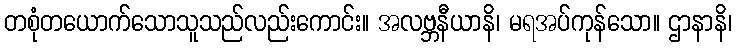
တစုံတယောက်သောသူသည်လည်းကောင်း။ အလဗ္ဘနီယာနိ၊ မရအပ်ကုန်သော။ ဌာနာနိ၊